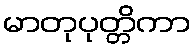
မာတုပုတ္တိကာ